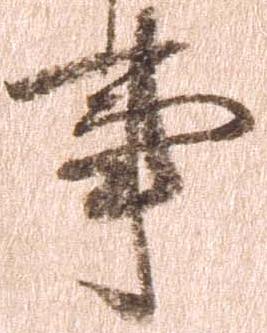
事